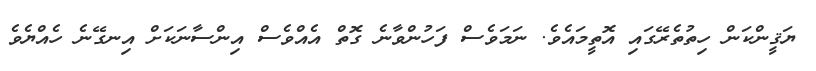
ޔަޤީންކަން ހިތުތެރޭގައި އޮތީމައެވެ. ނަމަވެސް ފަހުންވާނެ ގޮތް އެއްވެސް އިންސާނަކަށް އިނގޭނެ ހެއްޔެވެ